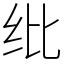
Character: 纰